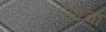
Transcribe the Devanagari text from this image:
पंपाचा